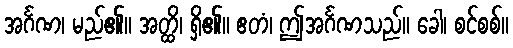
အင်္ဂဏ၊ မည်၏။ အတ္ထိ၊ ရှိ၏။ ဧတံ၊ ဤအင်္ဂဏသည်။ ခေါ၊ စင်စစ်။